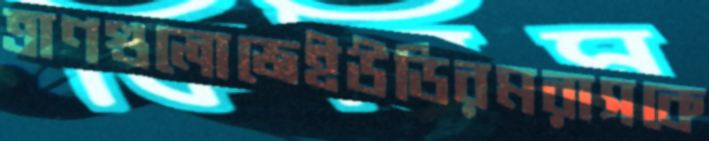
ত্রাণগুলোজেইউডিরমরাসকে